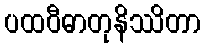
ပထဝီဓာတုနိဿိတာ